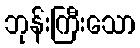
ဘုန်းကြီးသော